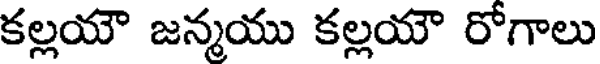
కల్లయౌ జన్మయు కల్లయౌ రోగాలు